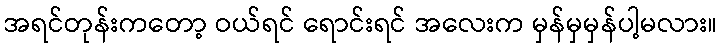
အရင်တုန်းကတော့ ဝယ်ရင် ရောင်းရင် အလေးက မှန်မှမှန်ပါ့မလား။